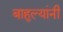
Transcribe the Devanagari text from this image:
बाहुल्यांनी